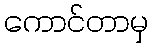
ကောင်တာမှ